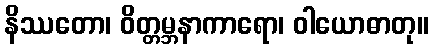
နိဿတော၊ ဝိတ္တမ္ဘနာကာရော၊ ဝါယောဓာတု။